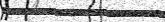
١٦٢